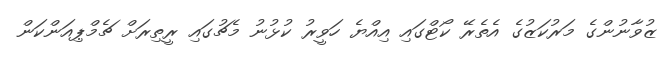
ޒުވާނުންގެ މަރުކަޒުގެ އެތެރޭ ކޯޓްގައި އިއްޔެ ހަވީރު ކުޅުނު މެޗުގައި ރީތިރަށް ޗެމްޕިއަންކަން